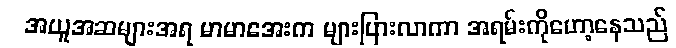
အယူအဆများအရ မာမာအေးက များပြားလာကာ အရမ်းကိုဟော့နေသည်